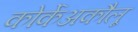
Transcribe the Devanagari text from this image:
कोर्केअकौलू